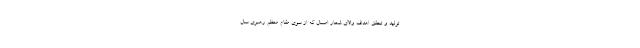
تولید و تحقق اهداف والای شعار امسال که از سوی مقام معظم رهبری سال